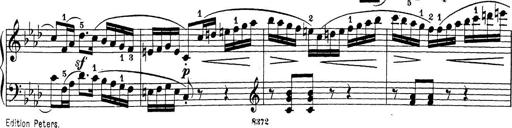
Title: Sonatina Album
Composer: Louis KÃ¶hler